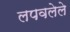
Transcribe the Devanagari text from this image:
लपवलेले